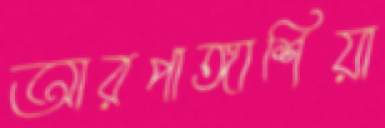
আরপাঙ্গাশিয়া